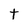
Character: t